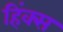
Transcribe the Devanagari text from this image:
हिंक्स